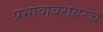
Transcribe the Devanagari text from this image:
प्रभावाबरोबरच